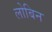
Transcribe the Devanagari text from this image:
लोबिन